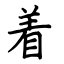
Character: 着